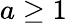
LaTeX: a\geq 1